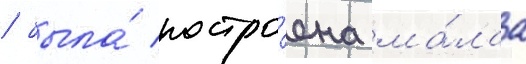
/ была́ постро́ена ма́лаа